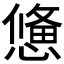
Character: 𢢑